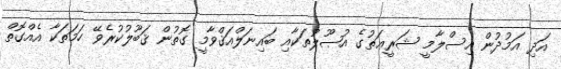
އަދި އަމުދުން އިސްލާމީ ޝަރީޢަތުގެ އުޞޫލުތަކާއި ބައިނަލްއަޤްވާމީ ގޮތުން ޤަބޫލުކުރެވޭ ހަމަތަކާ އެއްގޮތް